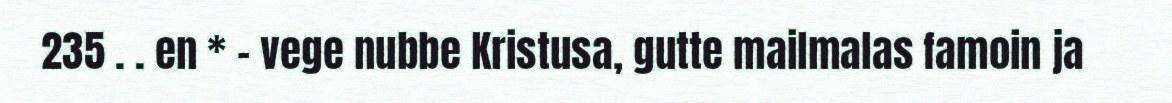
235 . . en * - vege nubbe Kristusa, gutte mailmalas famoin ja